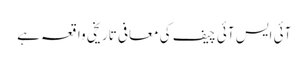
آئی ایس آئی چیف کی معافی تاریخی واقعہ ہے